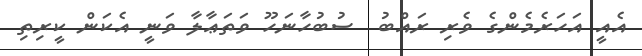
އެއީ އަހަރެމެންގެ ވެރި ރައްބު  ސުބުހާނަހޫ ވަތަޢާލާ ވަނީ އެކަން ކީރިތި